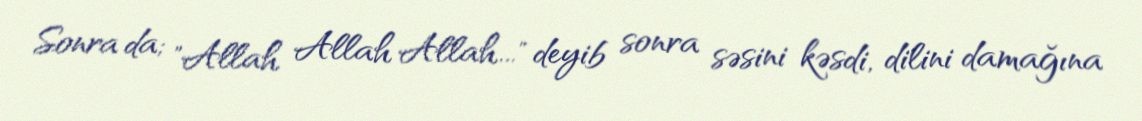
Sonra da; "Allah Allah Allah..." deyib sonra səsini kəsdi, dilini damağına